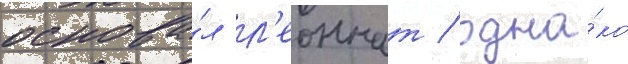
основа́л л'еоннат / одна́ко